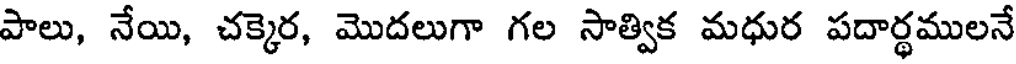
పాలు, నేయి, చక్కెర, మొదలుగా గల సాత్విక మధుర పదార్థములనే